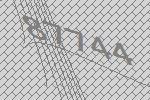
87744